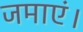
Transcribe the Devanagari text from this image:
जमाएं।